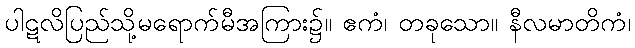
ပါဋလိပြည်သို့မရောက်မီအကြား၌။ ဧကံ၊ တခုသော။ နီလမာတိကံ၊